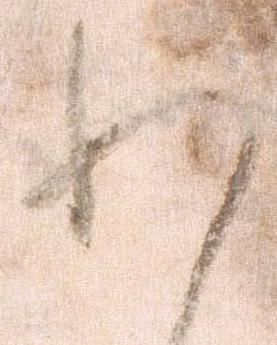
わ